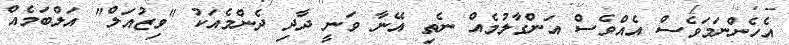
އެހެންނަމަވެސް އެއްވެސް އަންގާލުމެއް ނެތި އޭނާ ވަނީ ދާދި ދެންމެއަކު "ވިޒުއަލް" އަލްބަމެއް